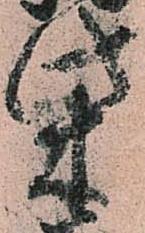
柴